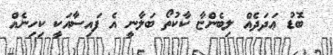
ބޮޑު ޢަދަދެއް ލިބެންޏާ ކާކުތޯ ބަލާނީ އެ ފައިސާއަކީ ކިހިނެއް